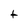
Character: t